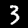
Digit: 3